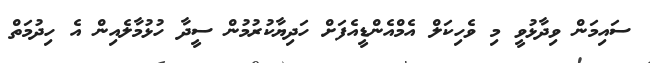
ސައިމަން ވިދާޅުވީ މި ވެހިކަލް އެމްއެންޑީއެފަށް ހަދިޔާކުރުމުން ސީދާ ހުޅުމާލެއިން އެ ހިދުމަތް